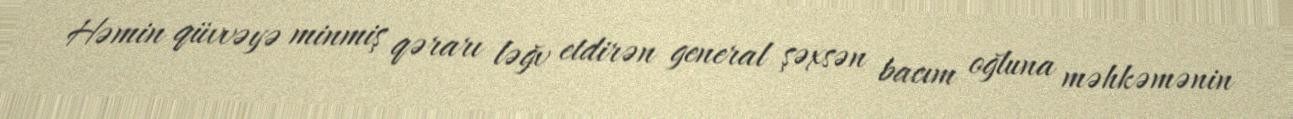
Həmin qüvvəyə minmiş qərarı ləğv etdirən general şəxsən bacım oğluna məhkəmənin